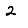
Digit: 2